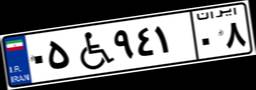
۰۵W۹۴۱۰۸